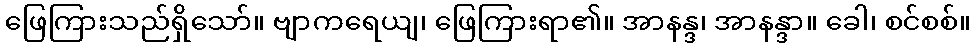
ဖြေကြားသည်ရှိသော်။ ဗျာကရေယျ၊ ဖြေကြားရာ၏။ အာနန္ဒ၊ အာနန္ဒာ။ ခေါ၊ စင်စစ်။